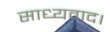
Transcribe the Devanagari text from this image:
साध्यवाद।